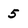
Character: 5